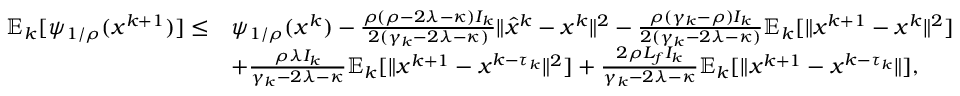
\begin{array} { r l } { \mathbb { E } _ { k } [ \psi _ { 1 / \rho } ( x ^ { k + 1 } ) ] \leq } & { \psi _ { 1 / \rho } ( x ^ { k } ) - \frac { \rho ( \rho - 2 \lambda - \kappa ) I _ { k } } { 2 ( \gamma _ { k } - 2 \lambda - \kappa ) } \| \hat { x } ^ { k } - x ^ { k } \| ^ { 2 } - \frac { \rho ( \gamma _ { k } - \rho ) I _ { k } } { 2 ( \gamma _ { k } - 2 \lambda - \kappa ) } \mathbb { E } _ { k } [ \| x ^ { k + 1 } - x ^ { k } \| ^ { 2 } ] } \\ & { + \frac { \rho \lambda I _ { k } } { \gamma _ { k } - 2 \lambda - \kappa } \mathbb { E } _ { k } [ \| x ^ { k + 1 } - x ^ { k - \tau _ { k } } \| ^ { 2 } ] + \frac { 2 \rho L _ { f } I _ { k } } { \gamma _ { k } - 2 \lambda - \kappa } \mathbb { E } _ { k } [ \| x ^ { k + 1 } - x ^ { k - \tau _ { k } } \| ] , } \end{array}